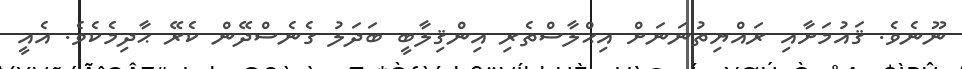
ނޫނެވެ. ޤައުމަށާއި ރައްޔިތުނަނަށް އިޙްލާސްތެރި އިންޤިލާބީ ބަދަލު ގެނެސްދޭން ކެރޭ ޙާދިމެކެވެ. އެއީ